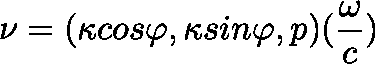
\mathbf { \nu } = ( { \kappa } c o s { \varphi } , { \kappa } s i n { \varphi } , p ) ( \frac { \omega } { c } )